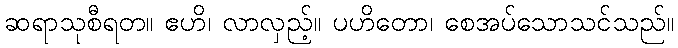
ဆရာသုစီရတ။ ဧဟိ၊ လာလှည့်။ ပဟိတော၊ စေအပ်သောသင်သည်။